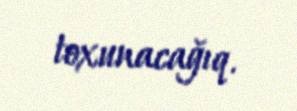
toxunacağıq.